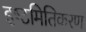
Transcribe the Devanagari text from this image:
इष्‍टमितिकरण